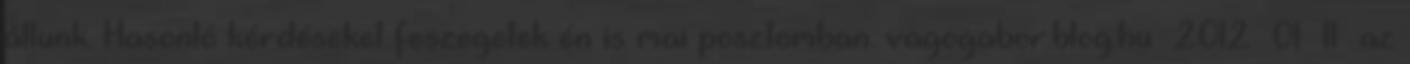
állunk. Hasonló kérdéseket feszegetek én is mai posztomban. vagogabor.blog.hu 2012 01 11 az